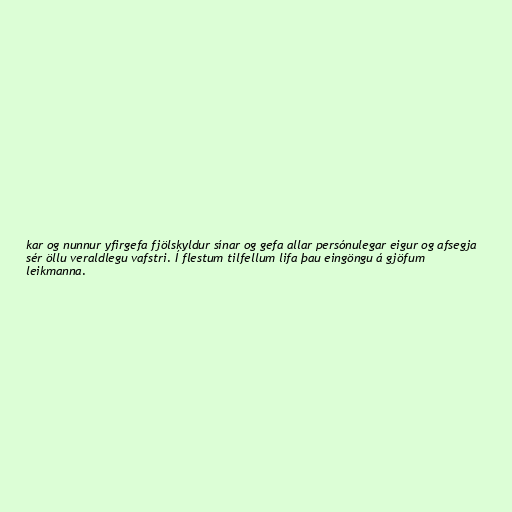
kar og nunnur yfirgefa fjölskyldur sínar og gefa allar persónulegar eigur og afsegja
sér öllu veraldlegu vafstri. Í flestum tilfellum lifa þau eingöngu á gjöfum
leikmanna.